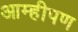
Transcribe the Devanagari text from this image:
आम्हीपण